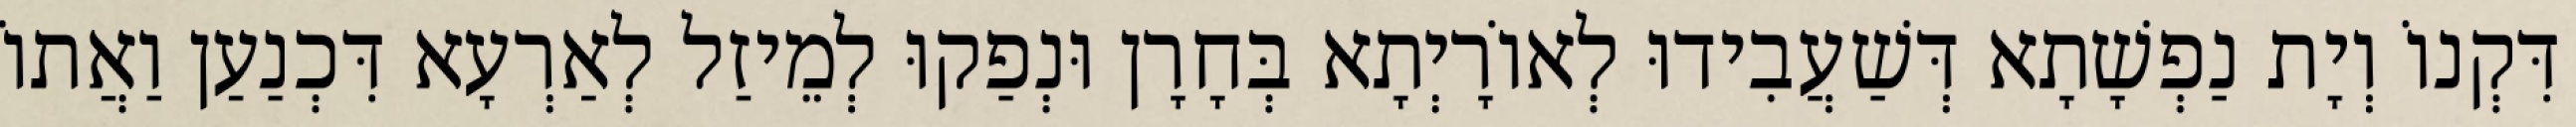
דִּקְנוֹ וְיָת נַפְשָׁתָא דְּשַׁעֲבִידוּ לְאוֹרָיְתָא בְּחָרָן וּנְפַקוּ לְמֵיזַל לְאַרְעָא דִּכְנַעַן וַאֲתוֹ